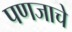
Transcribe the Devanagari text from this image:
पणजाचे